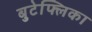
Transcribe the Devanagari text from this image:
बुटेफ्लिका